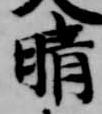
晴